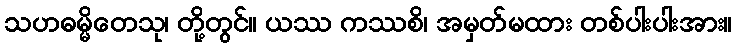
သဟဓမ္မိတေသု၊ တို့တွင်။ ယဿ ကဿစိ၊ အမှတ်မထား တစ်ပါးပါးအား။